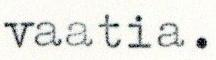
vaatia.